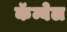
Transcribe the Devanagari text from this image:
कॅम्बेल